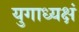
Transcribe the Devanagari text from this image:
युगाध्यक्षं